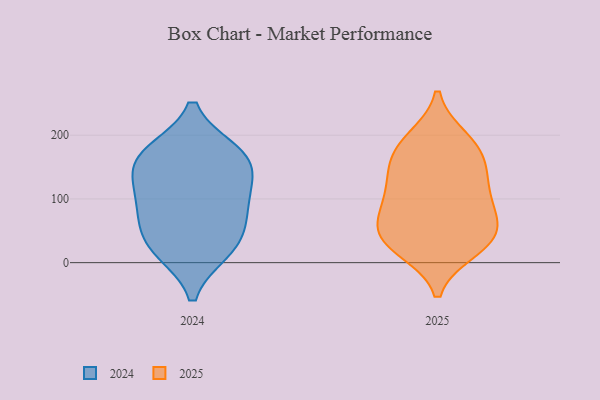
{"axis": {"x": "Satisfaction Score", "y": "Value"}, "legend": ["2024", "2025"], "data": [{"x": "", "y": 76, "type": "2024"}, {"x": "", "y": 23, "type": "2024"}, {"x": "", "y": 167, "type": "2024"}, {"x": "", "y": 20, "type": "2024"}, {"x": "", "y": 106, "type": "2024"}, {"x": "", "y": 45, "type": "2024"}, {"x": "", "y": 99, "type": "2024"}, {"x": "", "y": 164, "type": "2024"}, {"x": "", "y": 144, "type": "2024"}, {"x": "", "y": 172, "type": "2024"}, {"x": "", "y": 144, "type": "2025"}, {"x": "", "y": 119, "type": "2025"}, {"x": "", "y": 144, "type": "2025"}, {"x": "", "y": 177, "type": "2025"}, {"x": "", "y": 183, "type": "2025"}, {"x": "", "y": 99, "type": "2025"}, {"x": "", "y": 22, "type": "2025"}, {"x": "", "y": 30, "type": "2025"}, {"x": "", "y": 85, "type": "2025"}, {"x": "", "y": 193, "type": "2025"}, {"x": "", "y": 44, "type": "2025"}, {"x": "", "y": 37, "type": "2025"}, {"x": "", "y": 47, "type": "2025"}, {"x": "", "y": 76, "type": "2025"}]}